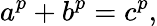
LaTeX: a^{p}+b^{p}=c^{p},